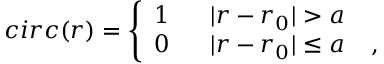
c i r c ( r ) = \left\{ \begin{array} { l l } { 1 \; \; \; \; \; \; | r - r _ { 0 } | > a } \\ { 0 \; \; \; \; \; \; | r - r _ { 0 } | \leq a \; \; \; \; , } \end{array} \right.